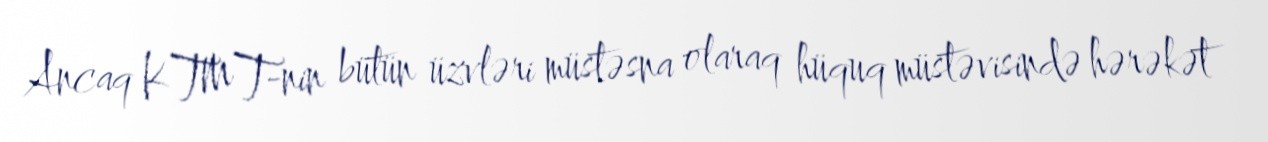
Ancaq KTMT-nin bütün üzvləri müstəsna olaraq hüquq müstəvisində hərəkət